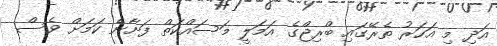
އަދި މި އަހަރު ތެރޭގައި ބްރިޖްގެ އަމަލީ މަސައްކަތް ފަށާނެ ކަމަށް ވެސް